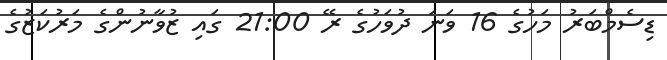
ޑިސެމްބަރު މަހުގެ 16 ވަނަ ދުވަހުގެ ރޭ 21:00 ގައި ޒުވާނުންގެ މަރުކަޒުގެ